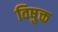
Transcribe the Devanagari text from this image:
विषुक्त